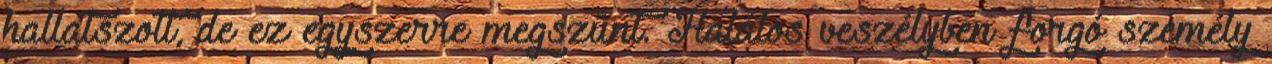
hallatszott, de ez egyszerre megszűnt. Halálos veszélyben forgó személy